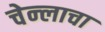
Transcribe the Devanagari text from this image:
चेन्लाचा